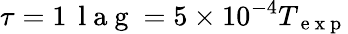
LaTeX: \tau=1\, \mathrm{~l~a~g~}=5\times 10^{-4}T_{\mathrm{~e~x~p~}}